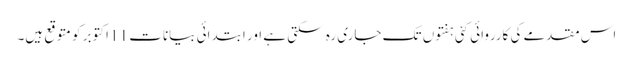
اس مقدمے کی کارروائی کئی ہفتوں تک جاری رہ سکتی ہے اور ابتدائی بیانات 11 اکتوبر کو متوقع ہیں۔